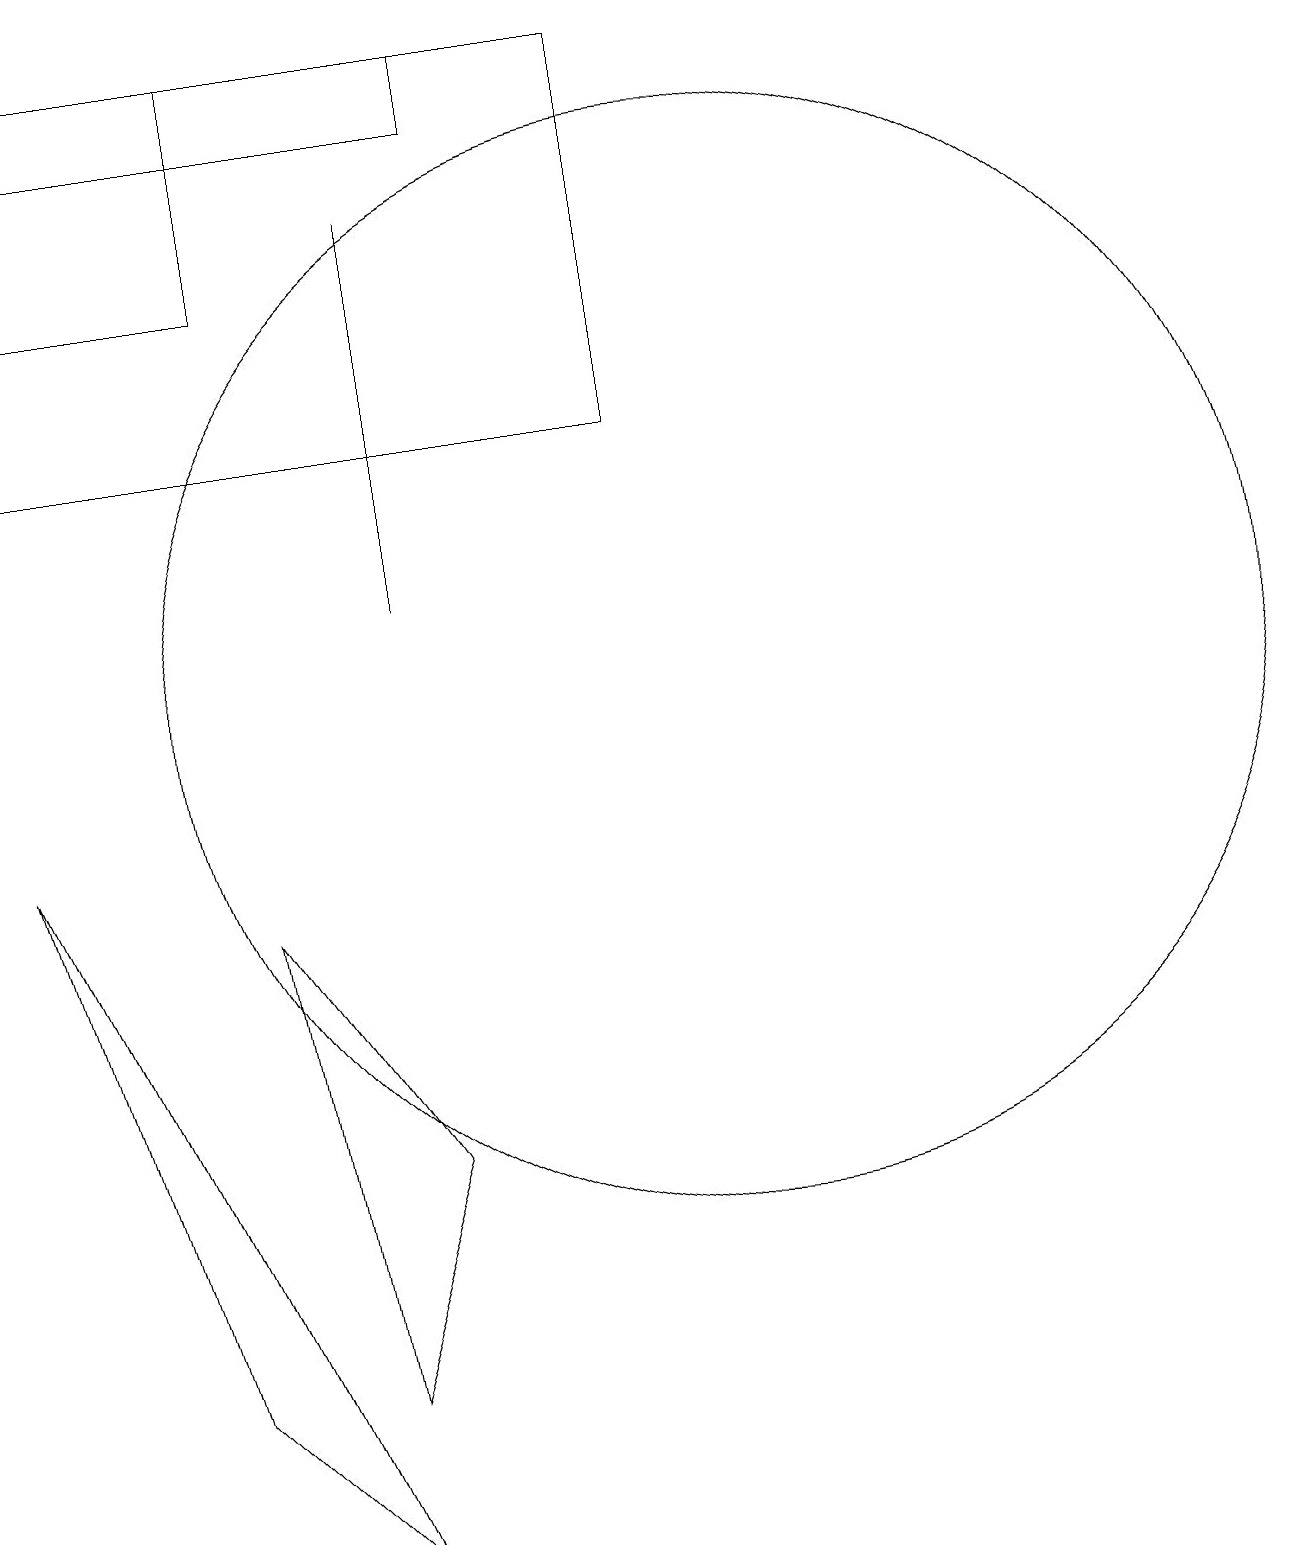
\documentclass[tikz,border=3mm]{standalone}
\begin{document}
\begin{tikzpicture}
\draw (1,18) rectangle (4,16);
\draw (5,0) -- (1,9) -- (3,2) -- cycle;
\draw (1,14) rectangle (9,19);
\draw (7,14) rectangle (7,14);
\draw (4,8) -- (5,2) -- (6,5) -- cycle;
\draw (6,17) rectangle (6,12);
\draw (10,11) circle (7);
\draw (4,19) rectangle (7,18);
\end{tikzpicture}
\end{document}